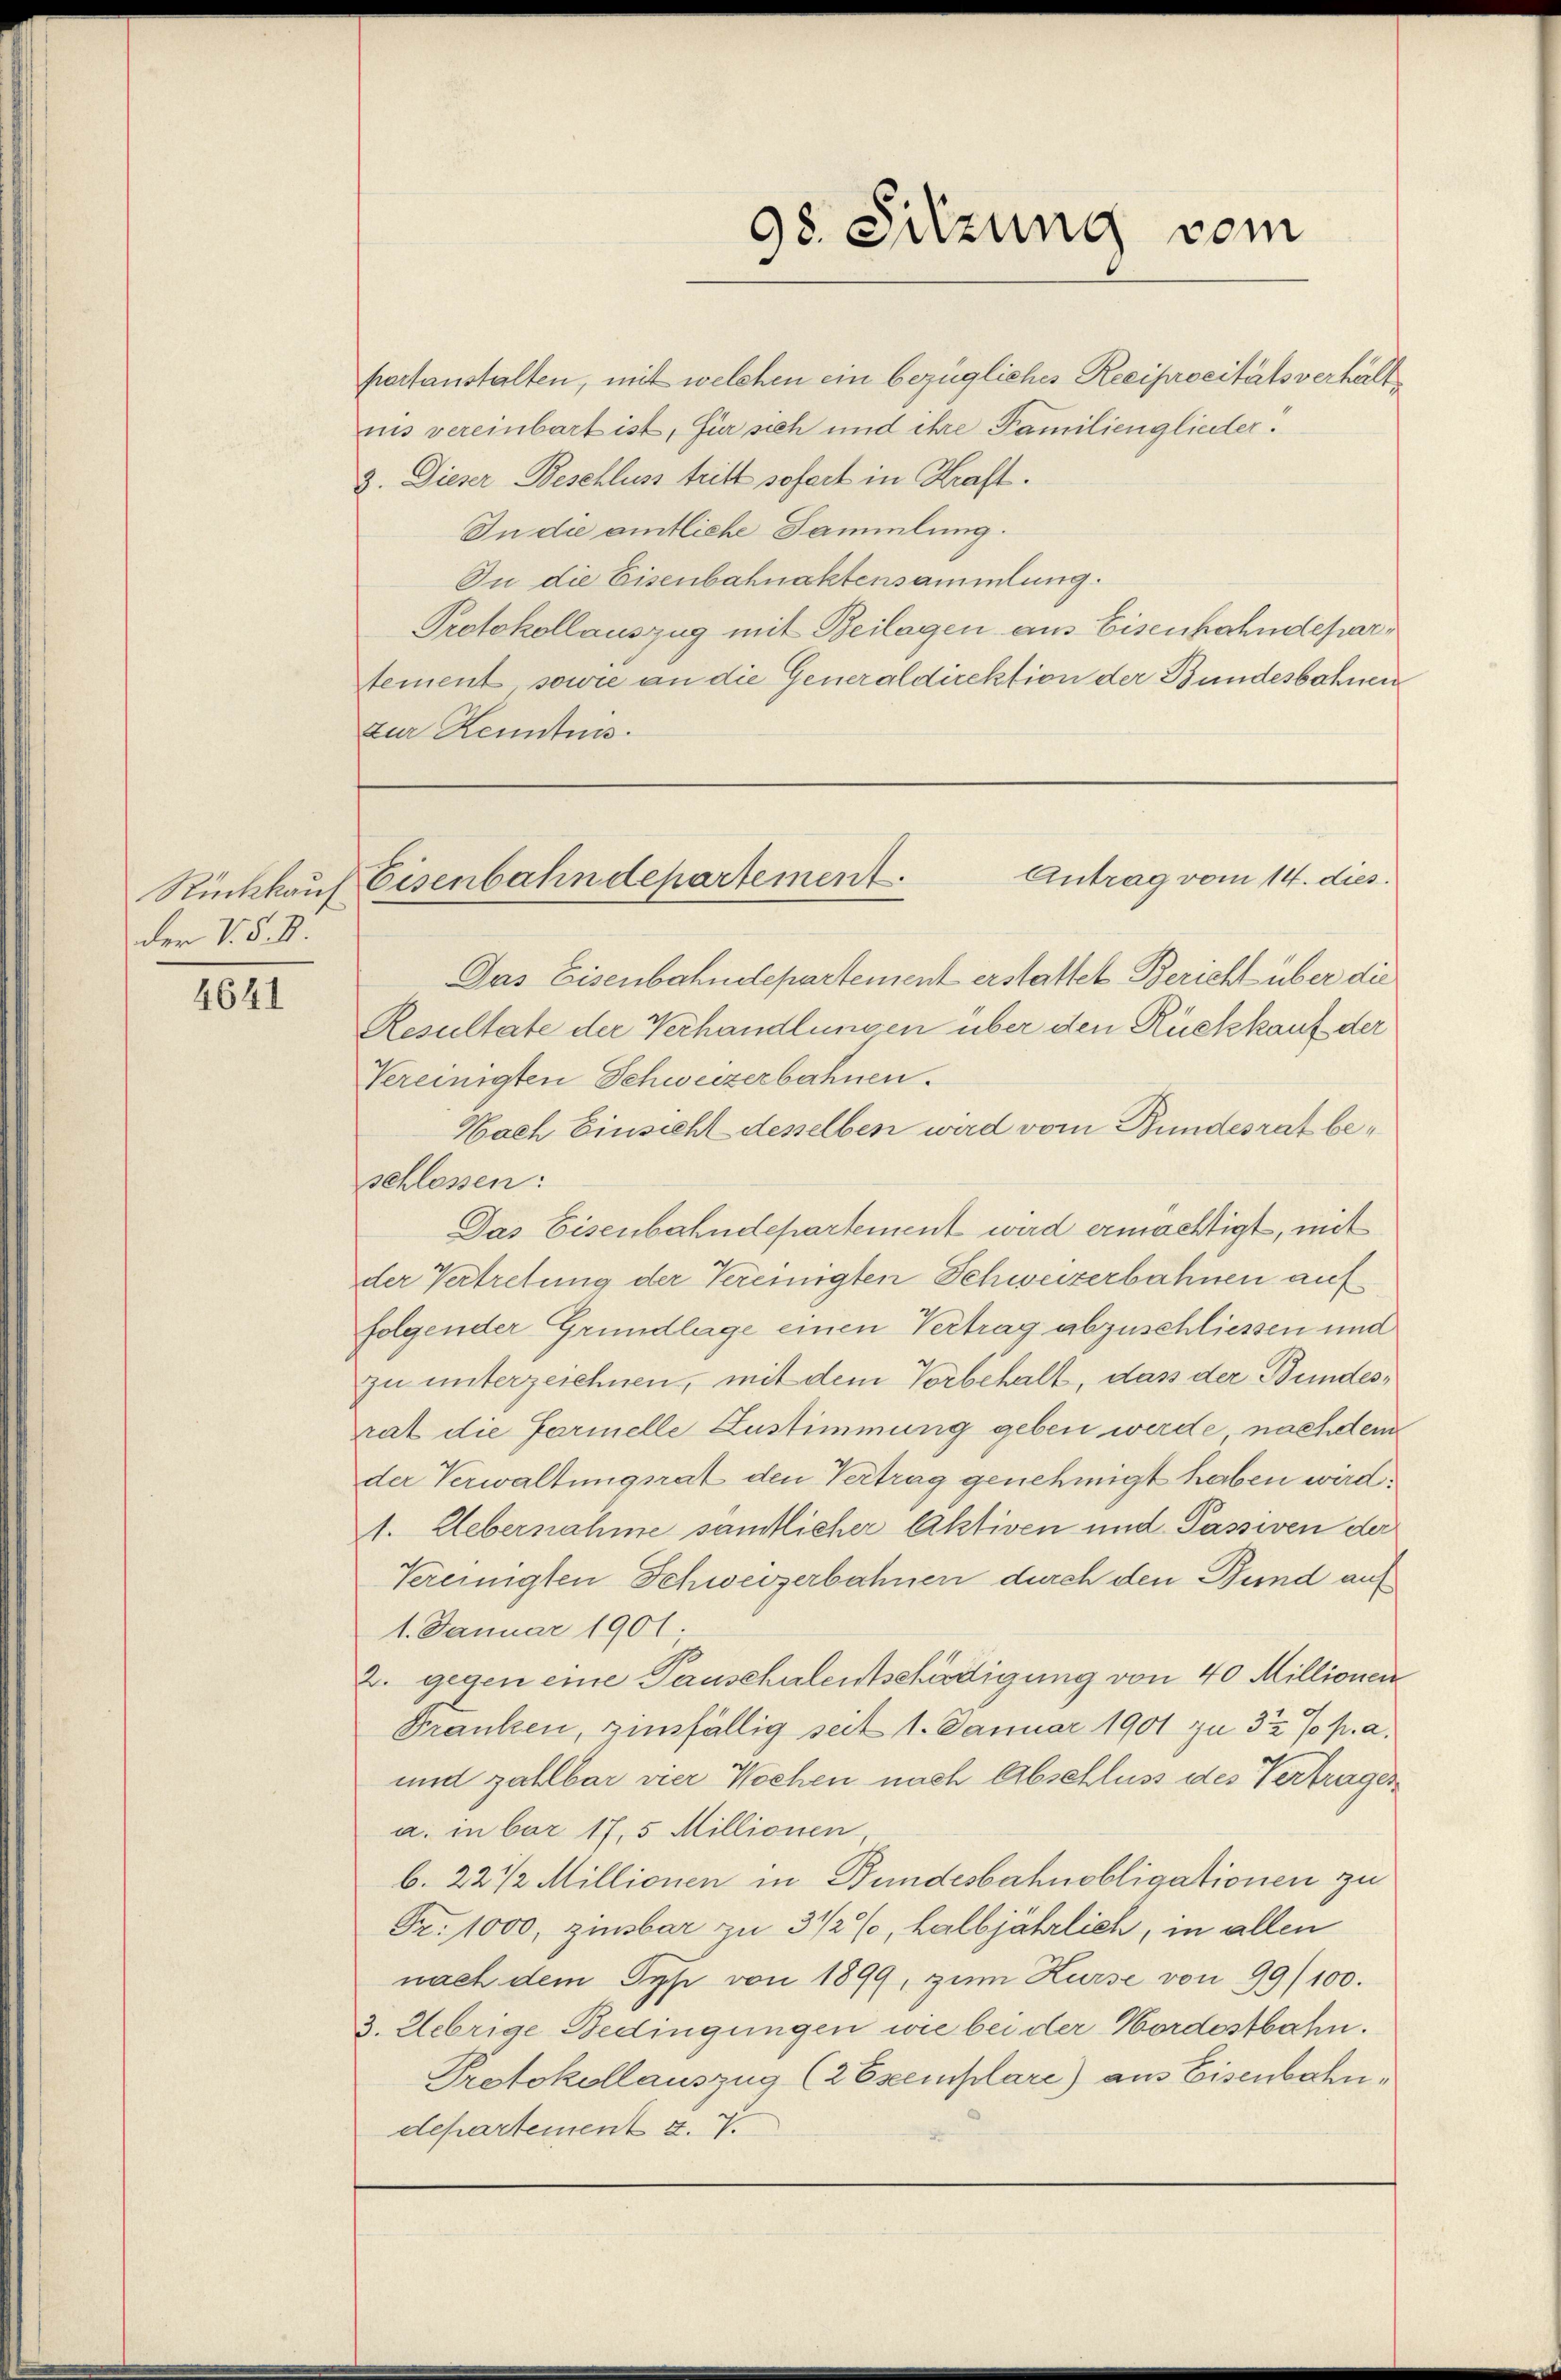
der V. §. 1

4641

portanstalten, mit welchen ein bezügliches Reciprocitätsverhältnis vereinbart ist, für sich und ihre Familienglieder.
3. Dieser Beschluss tritt sofort in Kraft.
In die amtliche Sammlung.
In die Eisenbahnaktensammlung.
Protokollauszug mit Beilagen aus Eisenbahndepartement sowie an die Generaldirektion der Bundesbahnen
zur Kenntnis.
Das Eisenbahndepartement erstattet Bericht über die
Resultate der Verhandlungen über den Rückkauf der
Vereinigten Schweizerbahnen.
Hach Einsicht desselben wird vom Bundesrat beschlossen:
Das Eisenbahndepartement wird ermächtigt, mit
der Vertretung der Vereinigten Schweizerbahnen auf
folgender Grundlage einen Vertrag abzuschliessen und
zu unterzeichnen, mit dem Vorbehalt, das der Bundesrat die Farmelle Zustimmung geben werde nachdem
der Verwaltungsrat den Vertrag genehmigt haben wird.
1. Uebernahme samtlicher Aktiven und Passiven der
Vereinigten Schweizerbahnen durch den Bund auf
1. Januar 1901
2. gegen eine Pauschalentschädigung von 40 Millionen
Franken, zinsfällig seit 1. Januar 1901 zu 3 1/2 % p. a.
und zahlbar vier Wochen nach Abschluss des Vertragen
a. inbar 17,5 Millionen,
b. 22 1/2 Millionen in Bundesbahnobligationen zu
Fr. 1000, zinsbar zu 3 1/2%, halbjährlich, in allen
nach dem Typ von 1899, zum Kurse von 99/100.
3. Uebrige Bedingungen wie bei der Nordostbahn.
Protokollauszug (2 Exemplare) aus Eisenbahn
departement §. 7.

98. Sitzung vom

Antrag vom 14. dies.
Rückkauf Eisenbahndepartement.